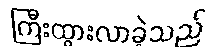
ကြီးထွားလာခဲ့သည်